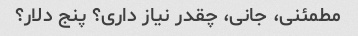
مطمئنی، جانی، چقدر نیاز داری؟ پنج دلار؟